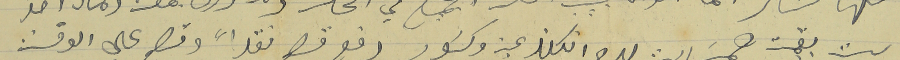
بيت بقيمت خمسماية ليره انكليز وكسَور دفع قصم نقداً  وقصم على الوقت